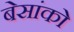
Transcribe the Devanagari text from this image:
बेसांको